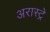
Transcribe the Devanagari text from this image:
अरास्ट्रे